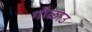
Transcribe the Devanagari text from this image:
गौळाउ